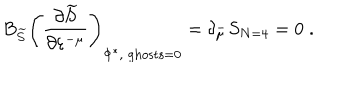
LaTeX: B _ { \widetilde { S } } \left( \frac { \partial \widetilde { S } } { \partial \varepsilon ^ { - \mu } } \right) _ { \Phi ^ { * } , \; \mathrm { g h o s t s } = 0 } = \delta _ { \mu } ^ { - } S _ { N = 4 } = 0 \; .